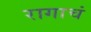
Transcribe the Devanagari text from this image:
रागाचं